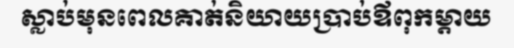
ស្លាប់មុនពេលគាត់និយាយប្រាប់ឪពុកម្តាយ